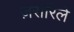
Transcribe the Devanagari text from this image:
ज़रारिले